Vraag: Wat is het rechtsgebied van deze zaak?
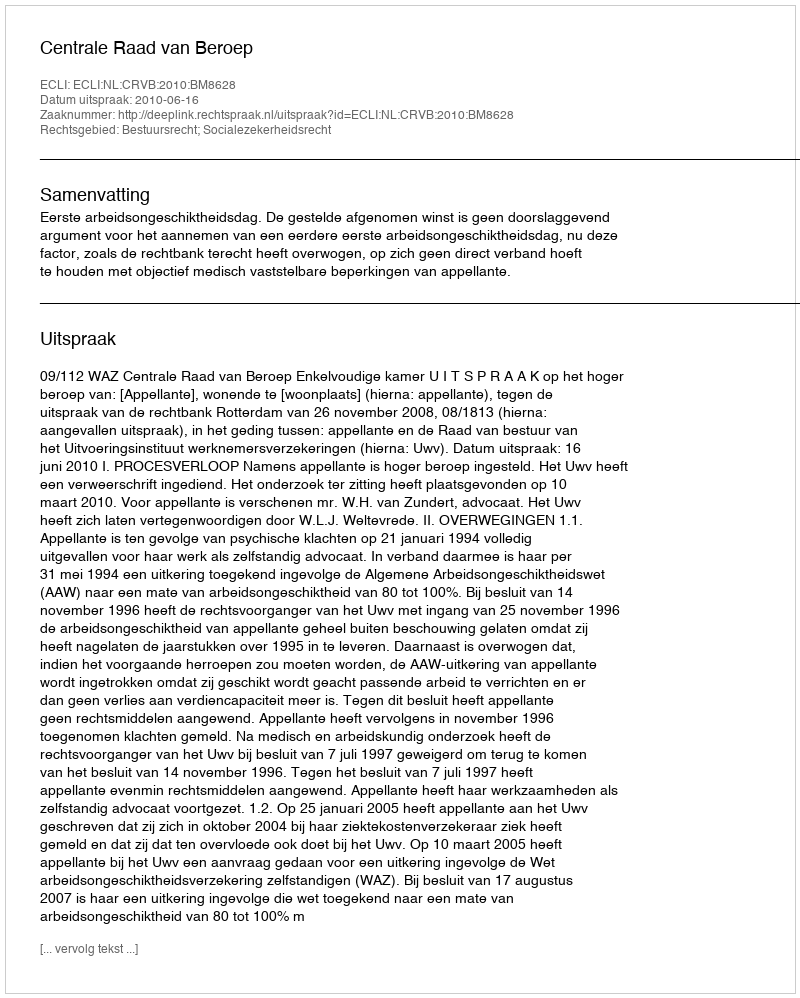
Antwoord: Bestuursrecht; Socialezekerheidsrecht